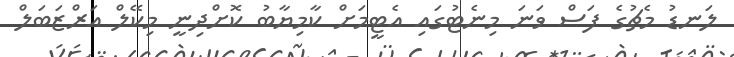
ލަނޑު މެޗުގެ ފަސް ވަނަ މިނެޓުގައި އެޓީމަށް ކާމިޔާބު ކޮށްދިނީ މިކޭލް އަރްޒަބަލް